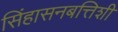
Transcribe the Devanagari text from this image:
सिंहासनबत्तिशी